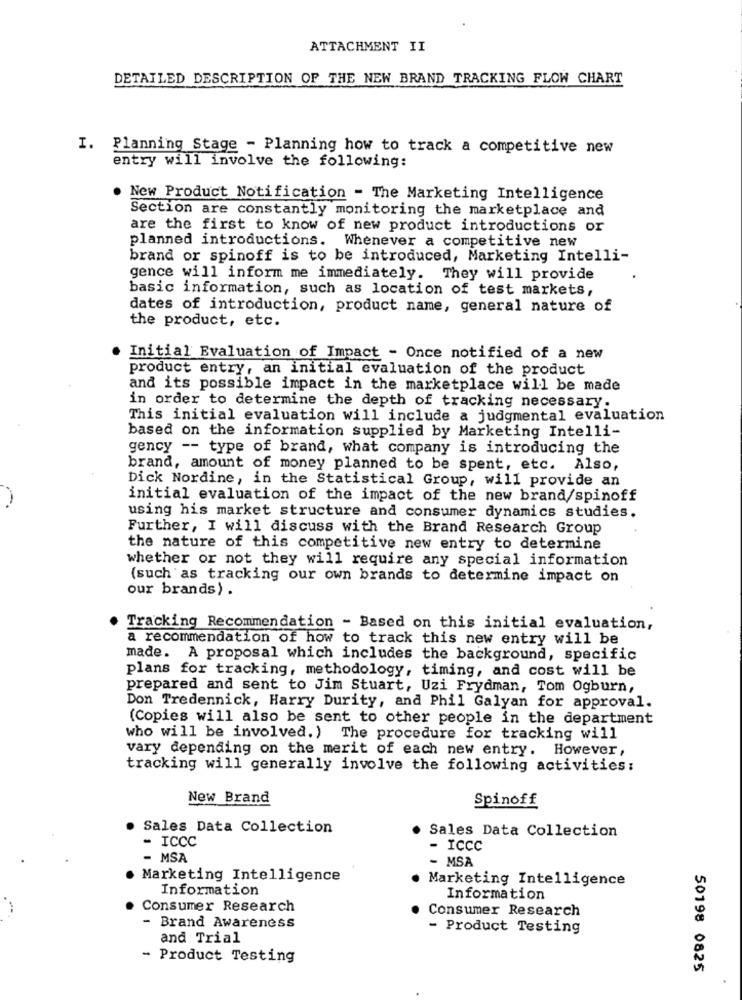
ATTACHMENT II
DETAILED DESCRIPTION OF THE NEW BRAND TRACKING FLOW CHART
I. Planning Stage - Planning how to track a competitive new
entry will involve the following:
. New Product Notification - The Marketing Intelligence
Section are constantly monitoring the marketplace and
are the first to know of new product introductions or
planned introductions. Whenever a competitive new
brand or spinoff is to be introduced, Marketing Intelli-
gence will inform me immediately. They will provide
basic information, such as location of test markets,
dates of introduction, product name, general nature of
the product, etc.
Initial Evaluation of Impact - Once notified of a new
product entry, an initial evaluation of the product
and its possible impact in the marketplace will be made
in order to determine the depth of tracking necessary.
This initial evaluation will include a judgmental evaluation
based on the information supplied by Marketing Intelli-
gency -- type of brand, what company is introducing the
brand, amount of money planned to be spent, etc. Also,
Dick Nordine, in the Statistical Group, will provide an
initial evaluation of the impact of the new brand/spinoff
using his market structure and consumer dynamics studies.
Further, I will discuss with the Brand Research Group
the nature of this competitive new entry to determine
whether or not they will require any special information
(such as tracking our own brands to determine impact on
our brands) .
Tracking Recommendation - Based on this initial evaluation,
a recommendation of how to track this new entry will be
made. A proposal which includes the background, specific
plans for tracking, methodology, timing, and cost will be
prepared and sent to Jim Stuart, Uzi Frydman, Tom Ogburn,
Don Tredennick, Harry Durity, and Phil Galyan for approval.
(Copies will also be sent to other people in the department
who will be involved. ) The procedure for tracking will
vary depending on the merit of each new entry. However,
tracking will generally involve the following activities:
New Brand
Spinoff
Sales Data Collection
Sales Data Collection
- ICCC
- ICCC
- MSA
- MSA
. Marketing Intelligence
Marketing Intelligence
Information
Information
Consumer Research
Consumer Research
- Brand Awareness
- Product Testing
and Trial
- Product Testing
50198 0825